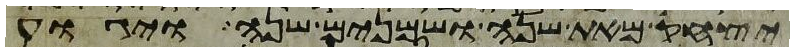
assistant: יצחק מאת שנה ושמנים שנה ויגוע